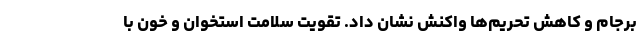
برجام و کاهش تحریم‌ها واکنش نشان داد. تقویت سلامت استخوان و خون با